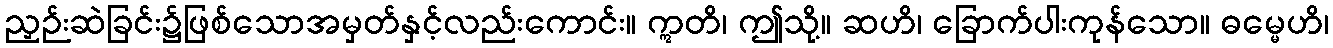
ညှဉ်းဆဲခြင်း၌ဖြစ်သောအမှတ်နှင့်လည်းကောင်း။ ဣတိ၊ ဤသို့။ ဆဟိ၊ ခြောက်ပါးကုန်သော။ ဓမ္မေဟိ၊